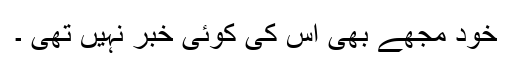
خود مجھے بھی اس کی کوئی خبر نہیں تھی ۔